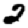
Digit: 2